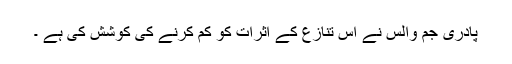
پادری جم والس نے اس تنازع کے اثرات کو کم کرنے کی کوشش کی ہے ۔